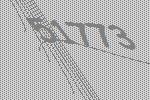
51773